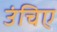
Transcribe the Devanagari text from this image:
उंचिए